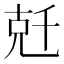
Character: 兛